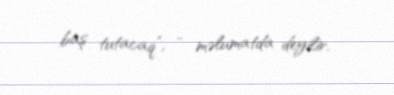
baş tutacaq”, - məlumatda deyilir.